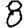
Digit: 8